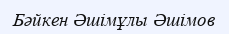
Бәйкен Әшімұлы Әшімов